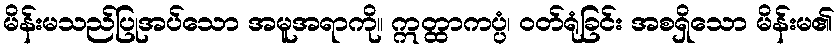
မိန်းမသည်ပြုအပ်သော အမူအရာကို။ ဣတ္ထာကပ္ပံ၊ ဝတ်ရုံခြင်း အစရှိသော မိန်းမ၏